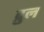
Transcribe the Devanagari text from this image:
द्रुल